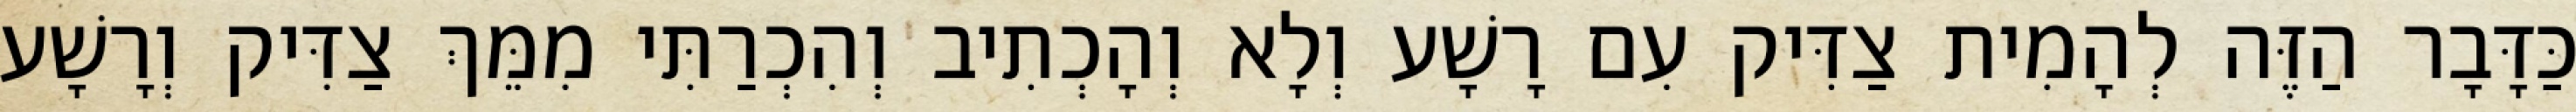
כַּדָּבָר הַזֶּה לְהָמִית צַדִּיק עִם רָשָׁע וְלָא וְהָכְתִיב וְהִכְרַתִּי מִמֵּךְ צַדִּיק וְרָשָׁע